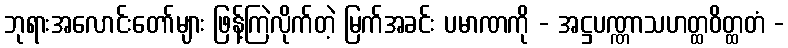
ဘုရားအလောင်းတော်များ ဖြန့်ကြဲလိုက်တဲ့ မြက်အခင်း ပမာဏကို - အဋ္ဌပဏ္ဏာသဟတ္ထဝိတ္ထတံ -